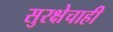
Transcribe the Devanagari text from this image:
सुरक्षेचाही